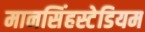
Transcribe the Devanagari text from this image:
मानसिंहस्टेडियम